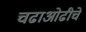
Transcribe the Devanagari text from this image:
चढाओढीचे